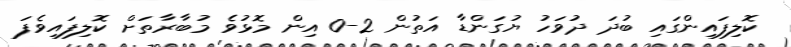
ކޮލިފައިންގައި ބުދަ ދުވަހު ޔުގަންޑާ އަތުން 2-0 އިން މޮޅުވެ މުބާރާތަށް ކޮލިފައިވެފަ